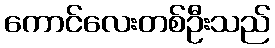
ကောင်လေးတစ်ဦးသည်